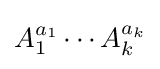
A_{1}^{a_{1}}\cdots A_{k}^{a_{k}}